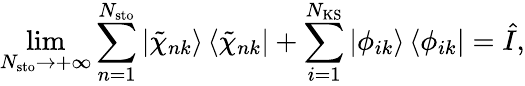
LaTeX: \operatorname*{lim}_{N_{\mathrm{sto}}\rightarrow+\infty}\sum_{n=1}^{N_{\mathrm{sto}}}\left|\tilde{\chi}_{nk}\right\rangle\left\langle\tilde{\chi}_{nk}\right|+\sum_{i=1}^{N_{\mathrm{KS}}}\left|\phi_{ik}\right\rangle\left\langle\phi_{ik}\right|=\hat{I},